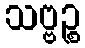
သဗ္ဗဉ္စ